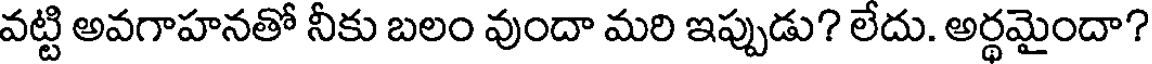
వట్టి అవగాహనతో నీకు బలం వుందా మరి ఇప్పుడు? లేదు. అర్థమైందా?